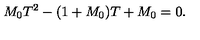
M _ { 0 } T ^ { 2 } - ( 1 + M _ { 0 } ) T + M _ { 0 } = 0 .